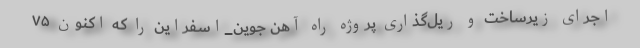
اجرای زیرساخت و ریل‌گذاری پروژه راه آهن جوین_اسفراین را که اکنون ۷۵